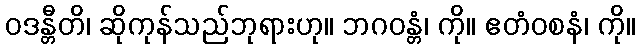
ဝဒန္တီတိ၊ ဆိုကုန်သည်ဘုရားဟု။ ဘဂဝန္တံ၊ ကို။ ဧတံဝစနံ၊ ကို။